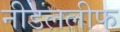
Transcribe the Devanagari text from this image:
नीडललीफ